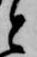
と